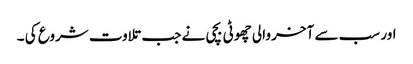
اور سب سے آخر والی چھوٹی بچی نے جب تلاوت شروع کی ۔